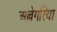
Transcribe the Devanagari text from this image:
अल्लेगरिया